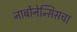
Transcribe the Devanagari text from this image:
नार्बोनेन्सिसचा